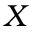
X